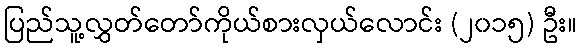
ပြည်သူ့လွှတ်တော်ကိုယ်စားလှယ်လောင်း (၂၀၁၅) ဦး။